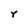
Character: r